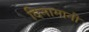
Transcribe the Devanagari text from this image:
दिनामानी